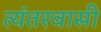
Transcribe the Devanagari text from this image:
त्यंतरवासी